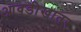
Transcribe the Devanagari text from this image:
आवडीखातर